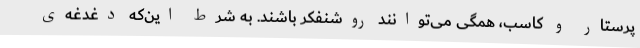
پرستار و کاسب، همگی می‌توانند روشنفکر باشند. به شرط این‌که دغدغه‌ی